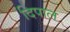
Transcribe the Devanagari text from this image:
दिपाल